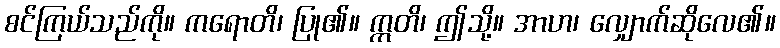
စင်ကြယ်သည်ကို။ ကရောတိ၊ ပြု၏။ ဣတိ၊ ဤသို့။ အာဟ၊ လျှောက်ဆိုလေ၏။